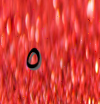
٥